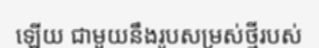
ឡើយ ជាមួយនឹងរូបសម្រស់ថ្មីរបស់